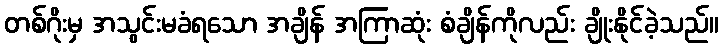
တစ်ဂိုးမှ အသွင်းမခံရသော အချိန် အကြာဆုံး စံချိန်ကိုလည်း ချိုးနိုင်ခဲ့သည်။